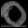
Digit: ၀